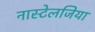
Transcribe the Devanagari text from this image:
नास्टेलजिया